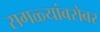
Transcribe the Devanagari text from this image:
सगळ्यांबरोबर